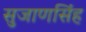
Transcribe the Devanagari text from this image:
सुजाणसिंह